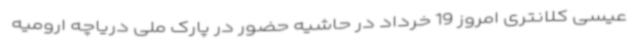
‌عیسی کلانتری امروز 19 خرداد در حاشیه حضور در پارک ملی دریاچه ارومیه